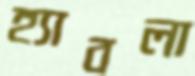
হ্যাবলা